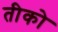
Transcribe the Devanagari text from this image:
तीको